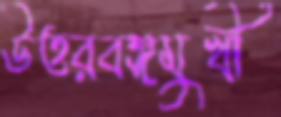
উত্তরবঙ্গমুখী